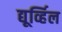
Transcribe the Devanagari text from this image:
द्यूर्व्हिल